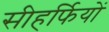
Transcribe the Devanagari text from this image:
सीहर्फियों